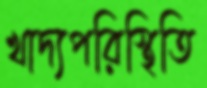
খাদ্যপরিস্থিতি